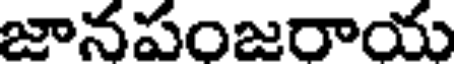
జానపంజరాయ